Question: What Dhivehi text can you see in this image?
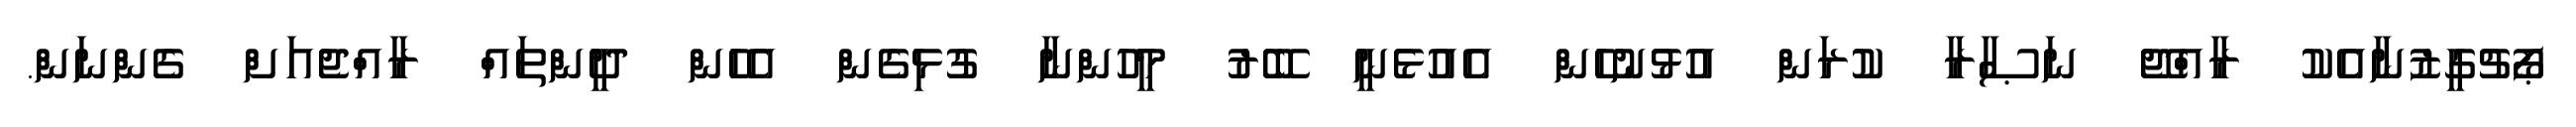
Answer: ޕޯޗުގީޒުނާއެކު ރާއްޖޭ ނަޞާރާ ކުރަން އުޅުނުހެން އެއުޅެނީ ބޭރު މީހުންނާ ގުޅިގެން އެހެން ދީންތައް ރާއްޖެއަށް ގެންނަން.